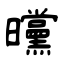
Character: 曭